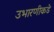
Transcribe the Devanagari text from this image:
उभारणीकडे